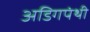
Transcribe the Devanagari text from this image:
अडिगपंथी